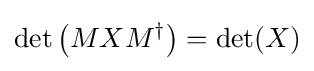
\det \left(MXM^{\dagger }\right)=\det(X)